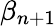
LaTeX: \beta_{n+1}